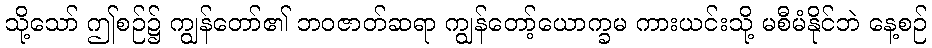
သို့သော် ဤစဉ်၌ ကျွန်တော်၏ ဘဝဇာတ်ဆရာ ကျွန်တော့်ယောက္ခမ ကားယင်းသို့ မစီမံနိုင်ဘဲ နေ့စဉ်